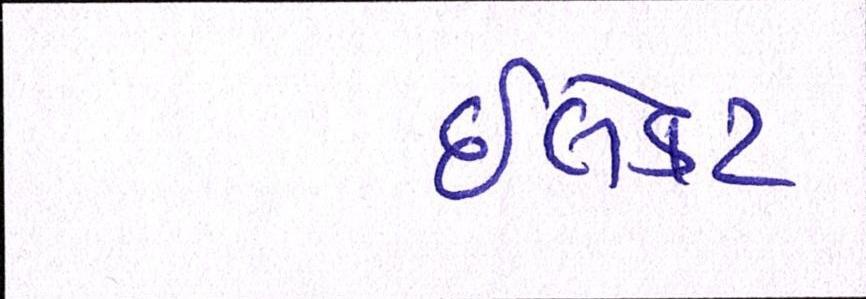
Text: ઈલેક્ટ